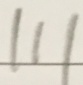
1 1 1